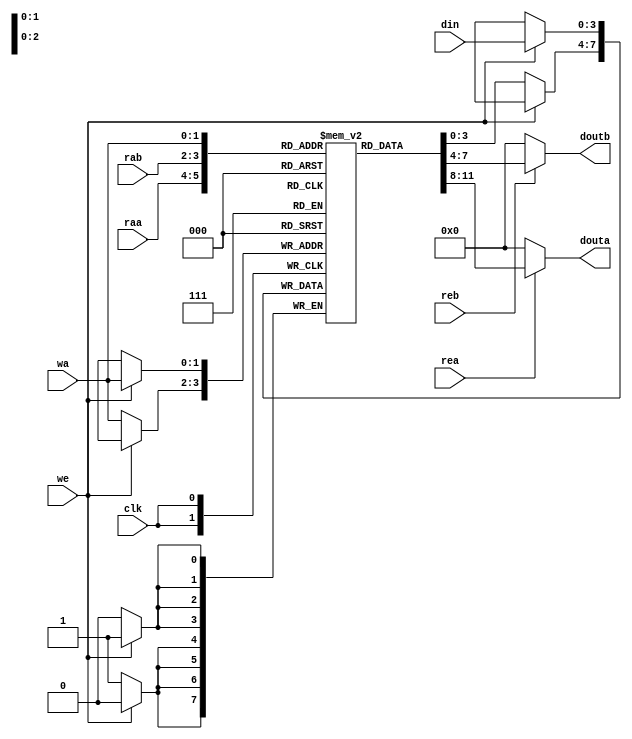
module Calc_RF #(parameter Data_width = 4)(
input clk, rea, reb, we,
input [1:0] raa, rab, wa,
input [Data_width - 1:0] din,
output reg [Data_width - 1:0] douta, doutb
);

reg [Data_width - 1:0] RegFile [3:0];

always @ (rea, reb, raa, rab)
begin
        if (rea)
            douta = RegFile[raa];
        else douta = 0;
        if (reb)
            doutb = RegFile[rab];
        else doutb = 0;
end

always @ (posedge clk)
begin
        if(we)
            RegFile[wa] <= din;
        else
            RegFile[wa] <= RegFile[wa];
end
endmodule